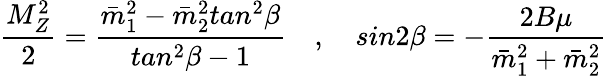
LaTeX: \frac{M_{Z}^{2}}{2}=\frac{\bar{m}_{1}^{2}-\bar{m}_{2}^{2}tan^{2}\beta}{tan^{2}\beta-1}\quad,\quad sin2\beta=-\frac{2B\mu}{\bar{m}_{1}^{2}+\bar{m}_{2}^{2}}